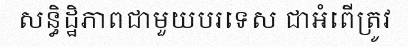
សន្ធិដ្ឋិភាពជាមួយបរទេស ជាអំពើត្រូវ